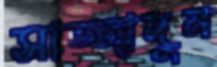
সাজ্জাদুন